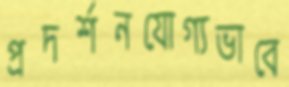
প্রদর্শনযোগ্যভাবে